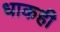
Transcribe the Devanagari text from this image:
धाकही